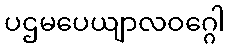
ပဌမပေယျာလဝဂ္ဂေါ